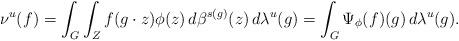
LaTeX: \begin{align*} \nu^{u}(f)=\int_{G}\int_{Z} f(g\cdot z)\phi(z)\,d\beta^{s(g)}(z)\,d\lambda^{u}(g) =\int_{G}\Psi_{\phi}(f)(g) \,d\lambda^{u}(g).\end{align*}